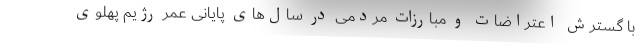
با گسترش اعتراضات و مبارزات مردمی در سال‌های پایانی عمر رژیم پهلوی